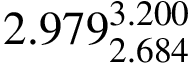
2 . 9 7 9 _ { 2 . 6 8 4 } ^ { 3 . 2 0 0 }